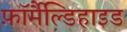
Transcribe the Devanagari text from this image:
फ़ॉर्मैल्डिहाइड